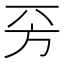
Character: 𣃙